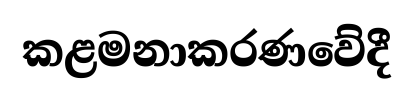
කළමනාකරණවේදී